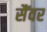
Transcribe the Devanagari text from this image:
सैंवर